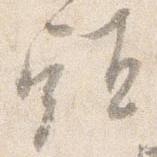
頭